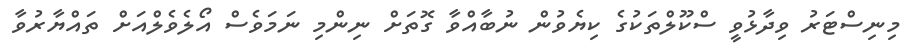
މިނިސްޓަރު ވިދާޅުވީ ސްކޫލްތަކުގެ ކިޔެވުން ނުބާއްވާ ގޮތަށް ނިންމި ނަމަވެސް އޯލެވެލްއަށް ތައްޔާރުވާ